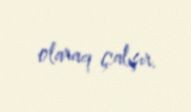
olaraq çalışır.